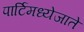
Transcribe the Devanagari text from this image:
पार्टिमध्येजाते